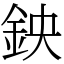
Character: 鉠